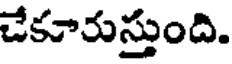
చేకూరుస్తుంది.